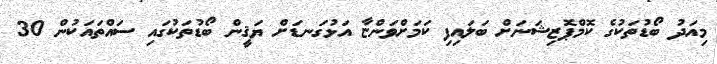
މިއަދު ބޯޑުތަކުގެ ކޮމްޕޮޒިޝަނަށް ބަލައިފި ކަމަށްވަންޏާ އަޅުގަނޑަށް ޔަޤީން ބޯޑުތަކުގައި ސައްތައަކުން 30